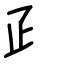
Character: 𤴔